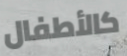
كالأطفال